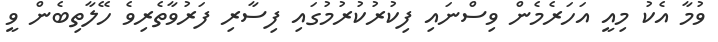
ވުމާ އެކު މިއީ އަހަރެމެން ވިސްނައި ފިކުރުކުރުމުގައި ފިސާރި ފަރުވާތެރިވެ ހޭލާތިބެން ވީ